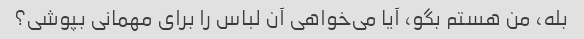
بله، من هستم بگو، آیا می‌خواهی آن لباس را برای مهمانی بپوشی؟